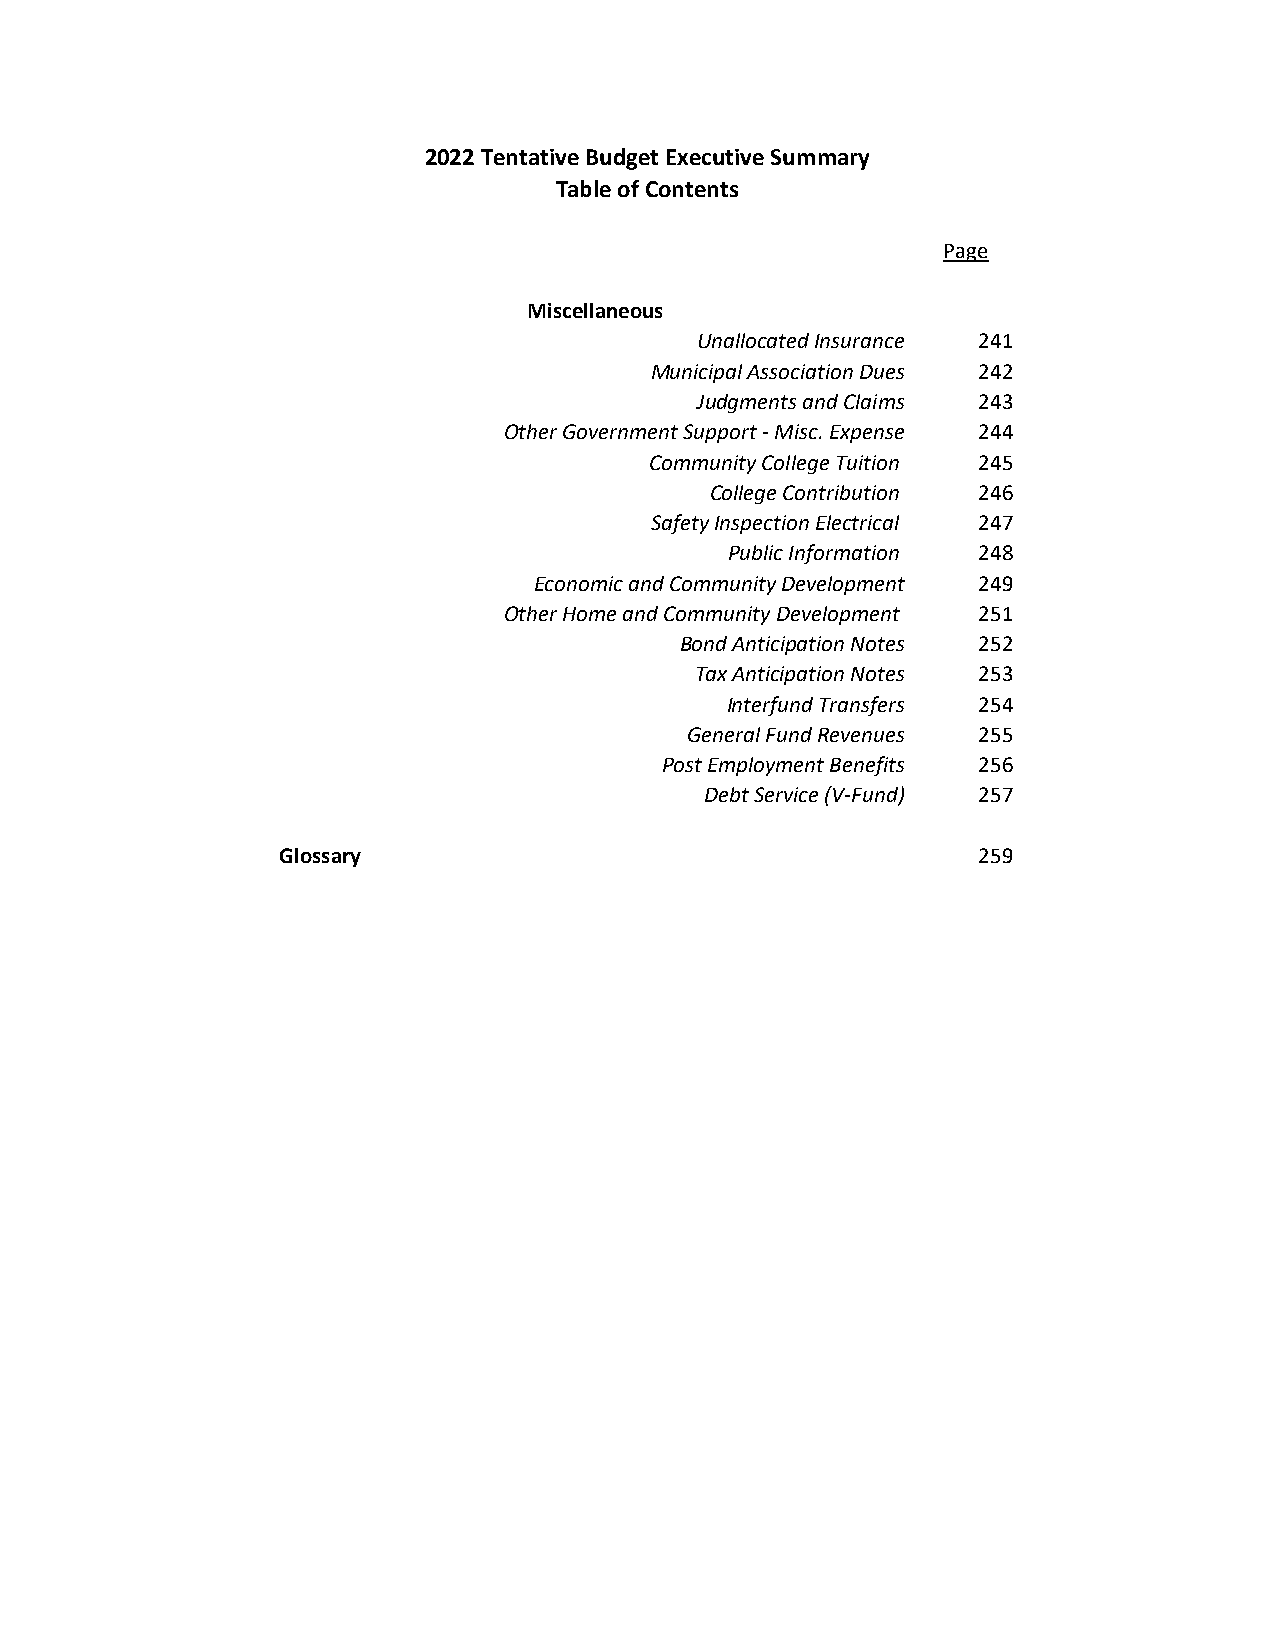
2022 Tentative Budget Executive Summary
 Table of Contents
 Page
 Miscellaneous
 Unallocated Insurance 241
 Municipal Association Dues 242
 Judgments and Claims 243
 Other Government Support ‐ Misc. Expense 244
 Community College Tuition 245
 College Contribution 246
 Safety Inspection Electrical 247
 Public Information 248
 Economic and Community Development 249
 Other Home and Community Development 251
 Bond Anticipation Notes 252
 Tax Anticipation Notes 253
 Interfund Transfers 254
 General Fund Revenues 255
 Post Employment Benefits 256
 Debt Service (V‐Fund) 257
 Glossary                                      259